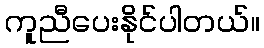
ကူညီပေးနိုင်ပါတယ်။